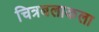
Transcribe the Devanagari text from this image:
चित्रबलाकला